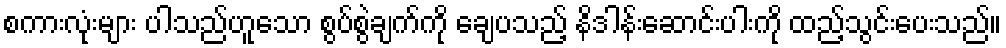
စကားလုံးများ ပါသည်ဟူသော စွပ်စွဲချက်ကို ချေပသည့် နိဒါန်းဆောင်းပါးကို ထည့်သွင်းပေးသည်။